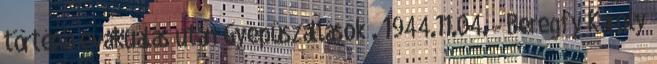
történõ evakuálás után Gyepûszállások . 1944.11.04. - Beregfy Károly